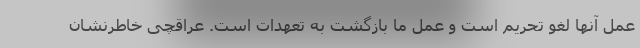
عمل آنها لغو تحریم است و عمل ما بازگشت به تعهدات است. عراقچی خاطرنشان